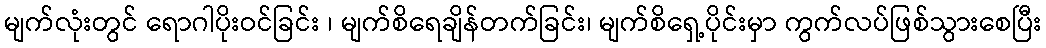
မျက်လုံးတွင် ရောဂါပိုးဝင်ခြင်း ၊ မျက်စိရေချိန်တက်ခြင်း၊ မျက်စိရှေ့ပိုင်းမှာ ကွက်လပ်ဖြစ်သွားစေပြီး